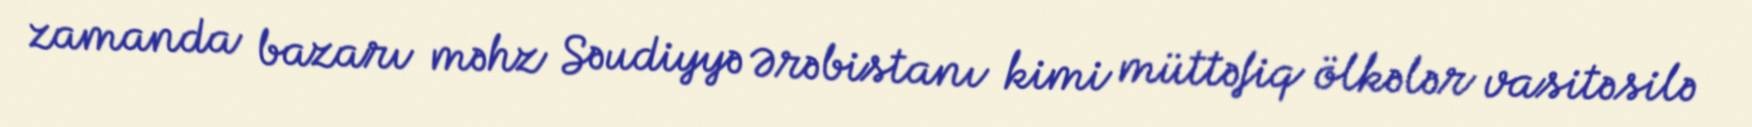
zamanda bazarı məhz Səudiyyə Ərəbistanı kimi müttəfiq ölkələr vasitəsilə